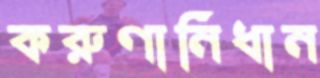
করুণানিধান